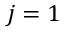
j = 1